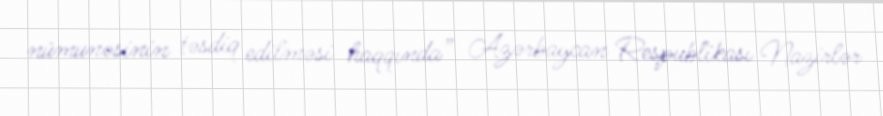
nümunəsinin təsdiq edilməsi haqqında” Azərbaycan Respublikası Nazirlər